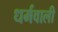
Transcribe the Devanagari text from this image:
धर्मवाली